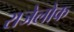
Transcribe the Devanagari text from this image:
राजेलोक